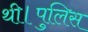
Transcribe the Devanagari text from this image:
थी।पुलिस